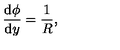
\frac { \mathrm { d } \phi } { \mathrm { d } y } = { \frac { 1 } { R } } ,